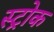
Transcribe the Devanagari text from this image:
स्‍ट्रोक